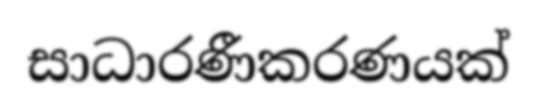
සාධාරණීකරණයක්